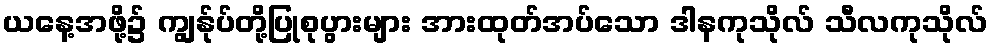
ယနေ့အဖို့၌ ကျွန်ုပ်တို့ပြုစုပွားများ အားထုတ်အပ်သော ဒါနကုသိုလ် သီလကုသိုလ်